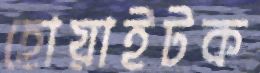
হোয়াইটক